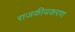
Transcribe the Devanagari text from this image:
राजकीयकरण